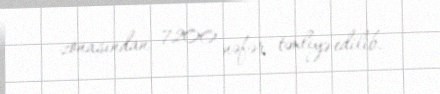
zonasından 7200 nəfər təxliyə edilib.